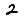
Digit: 2